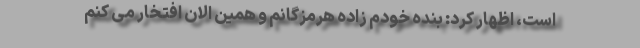
است، اظهار کرد: بنده خودم زاده هرمزگانم و همین الان افتخار می کنم